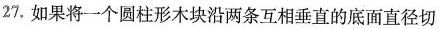
27.如果将一个圆柱形木块沿两条互相垂直的底面直径切